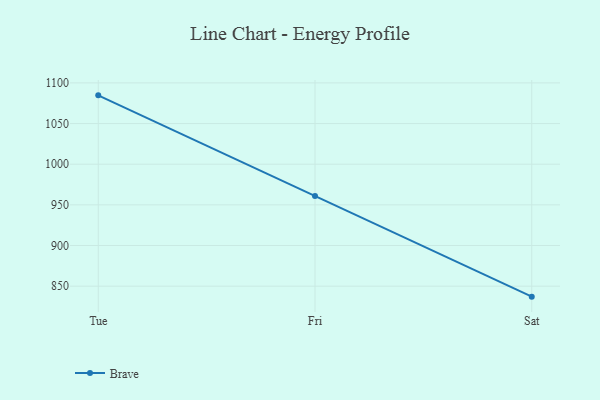
{"axis": {"x": "Day", "y": "Population (Million)"}, "legend": ["Brave"], "data": [{"x": "Tue", "y": 1084.7, "type": "Brave"}, {"x": "Fri", "y": 960.9, "type": "Brave"}, {"x": "Sat", "y": 837.1, "type": "Brave"}]}